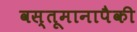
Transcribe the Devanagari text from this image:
वस्तूमानापैकी